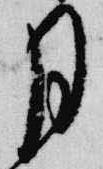
月